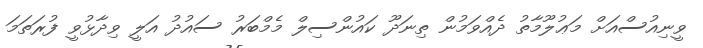
ވީނިއުސްއަށް މަޢުލޫމާތު ދެއްވަމުން ތިނަދޫ ކައުންސިލް މެމްބަރު ސައުދު އަލީ ވިދާޅުވީ ފުރަތަމަ